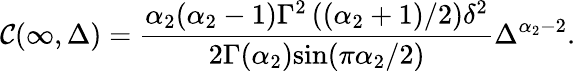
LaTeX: \mathcal{C}(\infty,\Delta)=\frac{{\alpha_{2}(\alpha_{2}-1)\Gamma^{2}\left((\alpha_{2}+1)/2\right)\delta^{2}}}{{2\Gamma(\alpha_{2})\mathrm{{sin}}(\pi\alpha_{2}/2)}}\Delta^{\alpha_{2}-2}.